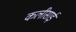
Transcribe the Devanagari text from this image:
कलीसाई